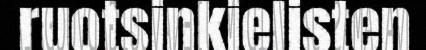
ruotsinkielisten